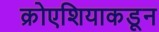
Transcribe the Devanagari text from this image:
क्रोएशियाकडून